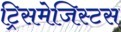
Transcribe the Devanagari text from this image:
ट्रिसमेजिस्टस